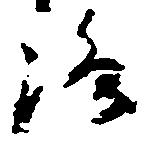
路